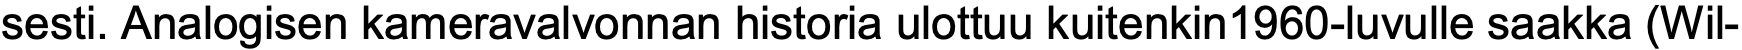
sesti. Analogisen kameravalvonnan historia ulottuu kuitenkin1960-luvulle saakka (Wil-